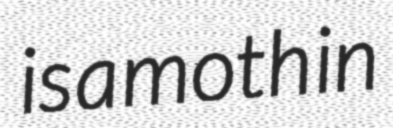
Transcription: is a moth in